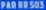
PABR8503